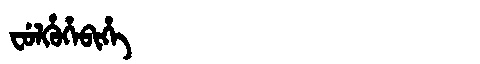
Manchu: ᠸᡠᠯᡥᡠᡥᡝᠪᡳᡥᡝ
Romanization: FULHUHEBIHE